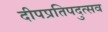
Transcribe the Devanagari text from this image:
दीपप्रतिपदुत्सव